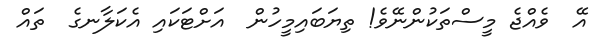
އޭ  ވެއްޖެ މީސްތަކުންނޭވެ! ތިޔަބައިމީހުން  އަށްޓަކައި އެކަލާނގެ  ތައް